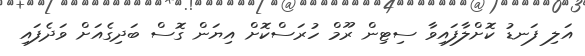
އަލި ފަނޑު ކޮށްލާފައިވާ ސިޓިން ރޫމް ހުރަސްކޮށް އިޔަން ގޮސް ބަދިގެއަށް ވަދެފައި